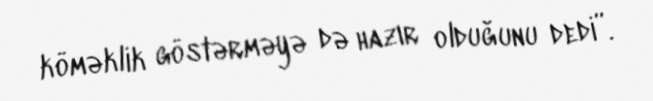
köməklik göstərməyə də hazır olduğunu dedi”.